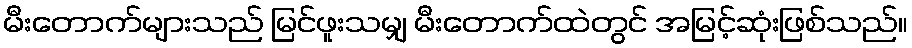
မီးတောက်များသည် မြင်ဖူးသမျှ မီးတောက်ထဲတွင် အမြင့်ဆုံးဖြစ်သည်။